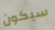
سيكون